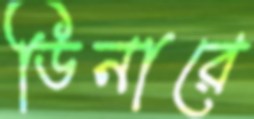
ডিনারে